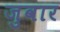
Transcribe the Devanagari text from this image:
जुवार